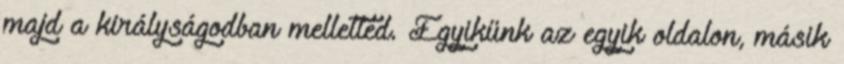
majd a királyságodban melletted. Egyikünk az egyik oldalon, másik